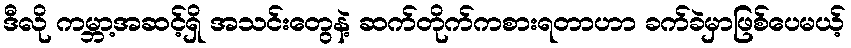
ဒီလို ကမ္ဘာ့အဆင့်ရှိ အသင်းတွေနဲ့ ဆက်တိုက်ကစားရတာဟာ ခက်ခဲမှာဖြစ်ပေမယ့်